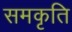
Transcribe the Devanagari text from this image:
समकृति